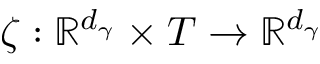
\zeta : \mathbb { R } ^ { d _ { \gamma } } \times T \rightarrow \mathbb { R } ^ { d _ { \gamma } }